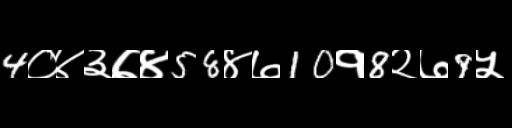
Text: 4०४३७४58४७10१8२७9५